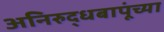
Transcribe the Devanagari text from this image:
अनिरुद्धबापूंच्या